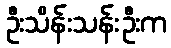
ဦးသိန်းသန်းဦးက